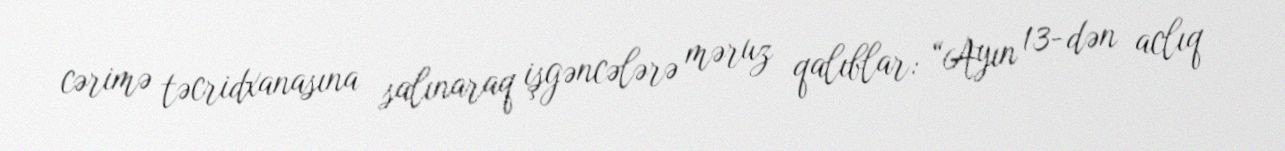
cərimə təcridxanasına salınaraq işgəncələrə məruz qalıblar: “Ayın 13-dən aclıq